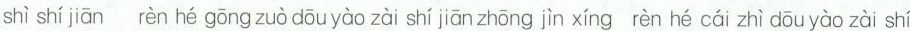
shì shí jiān rèn hé gōng zuò dōuyào zài shí jiān zhōng jìn xíng rèn hé cái zhì dōuyào zài shí